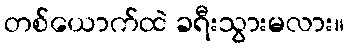
တစ်ယောက်ထဲ ခရီးသွားမလား။